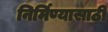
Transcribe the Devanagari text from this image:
निर्मिण्यासाठी